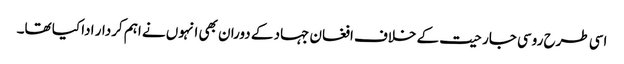
اسی طرح روسی جارحیت کے خلاف افغان جہاد کے دوران بھی انہوں نے اہم کردار ادا کیا تھا۔